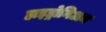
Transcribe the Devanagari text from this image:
हाइड्रोनिअम